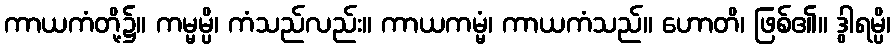
ကာယကံတို့၌။ ကမ္မမ္ပိ၊ ကံသည်လည်း။ ကာယကမ္မံ၊ ကာယကံသည်။ ဟောတိ၊ ဖြစ်၏။ ဒွါရမ္ပိ၊